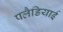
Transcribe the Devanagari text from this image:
पलैडियाई